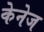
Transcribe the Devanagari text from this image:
केनेज